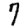
Digit: 7